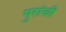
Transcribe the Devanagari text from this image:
पुरांची